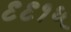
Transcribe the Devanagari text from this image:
९९१६